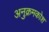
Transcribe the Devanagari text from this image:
अनुक्रमकोश